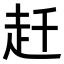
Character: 𧺛